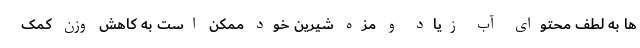
ها به لطف محتوای آب زیاد و مزه شیرین خود ممکن است به کاهش وزن کمک